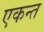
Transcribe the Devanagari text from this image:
एकन्त